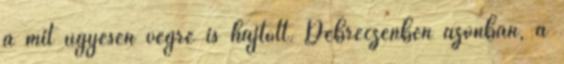
a mit ügyesen végre is hajtott. Debreczenben azonban, a